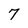
Character: 7